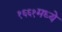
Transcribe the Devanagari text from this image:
१६६१मध्ये